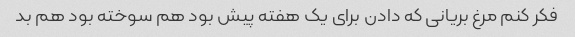
فکر کنم مرغ بریانی که دادن برای یک هفته پیش بود هم سوخته بود هم بد